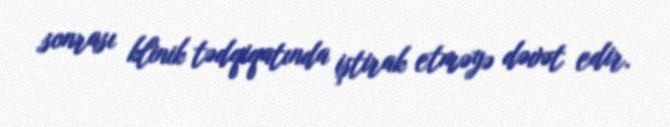
sonrası klinik tədqiqatında iştirak etməyə dəvət edir.